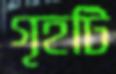
গৃহটি